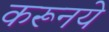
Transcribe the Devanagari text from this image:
करूनये